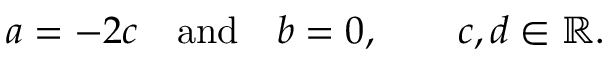
a = - 2 c \quad { \mathrm { a n d } } \quad b = 0 , \qquad c , d \in \mathbb { R } .